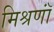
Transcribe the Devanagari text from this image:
मिश्रणॉं